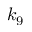
k _ { 9 }